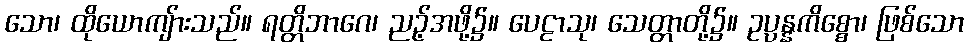
သော၊ ထိုယောကျ်ားသည်။ ရတ္တိဘာဂေ၊ ညဉ့်အဖို့၌။ ပေဠာသု၊ သေတ္တာတို့၌။ ဥပ္ပန္နကိစ္စော၊ ဖြစ်သော